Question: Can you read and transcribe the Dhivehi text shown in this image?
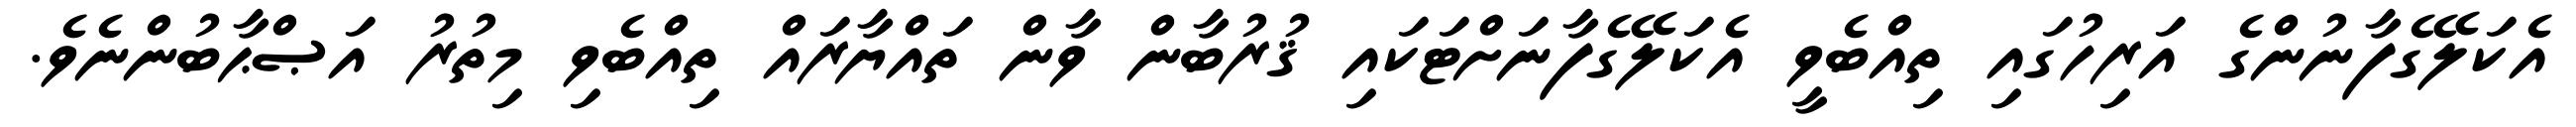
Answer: އެކަލޭގެފާނުންގެ އަރިހުގައި ތިއްބެވީ އެކަލޭގެފާނަށްޓަކައި ޤުރުބާން ވާން ތައްޔާރައް ތިއްބެވި މިތުރު އަޞްޙާބުންނެވެ.